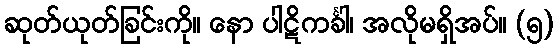
ဆုတ်ယုတ်ခြင်းကို။ နော ပါဋိကင်္ခါ၊ အလိုမရှိအပ်။ (၅)